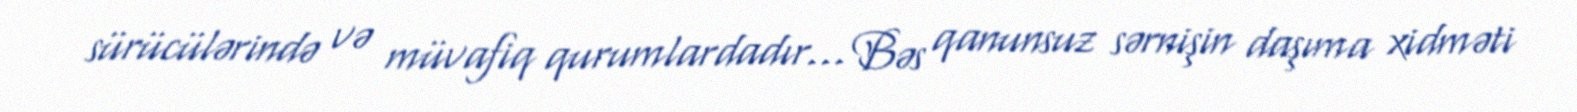
sürücülərində və müvafiq qurumlardadır... Bəs qanunsuz sərnişin daşıma xidməti